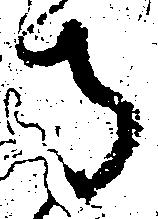
寺